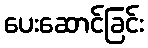
ပေးဆောင်ခြင်း